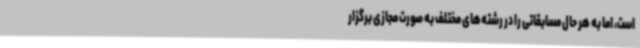
است، اما به هر حال مسابقاتی را در رشته‌های مختلف به صورت مجازی برگزار